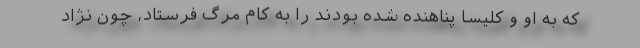
که به او و کلیسا پناهنده شده بودند را به کام مرگ فرستاد، چون نژاد